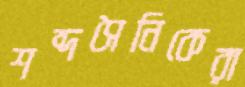
শব্দসৈনিকেরা